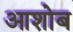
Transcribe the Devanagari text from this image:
आशोब